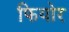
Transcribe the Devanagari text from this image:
फियोर